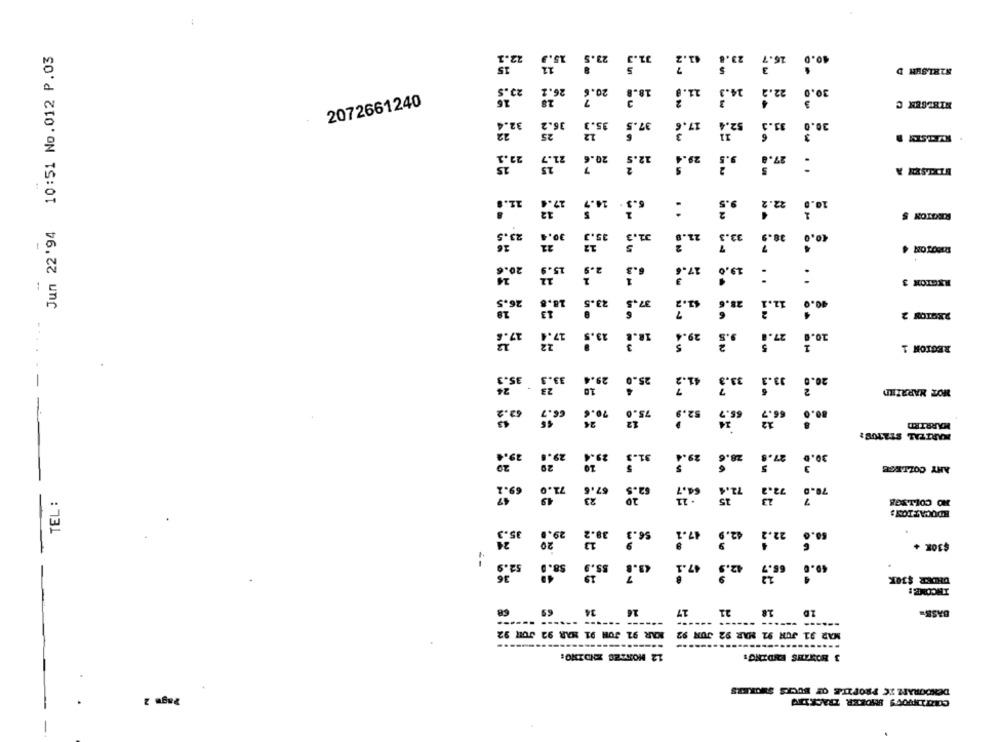
10:51 No.012 P.03
22.3
15.5
23.5
31.3
26.1
15
11
23.5
26.2
20.6
18. ]
22.
30.0
NIELSEN C
2072661240
36.2
35.3
37.5
17.
$2.
30.0
32.4
25
:
22.1
20.6
12.9
29.4
27.
27 .4
14. 9
:
2.
10.]
Jun 22'94
23.5
31.
11.
30,
35.
33.2
38.1
0.6
RXETON 3
26.
23.5
17.
13.
18.
29.
27.
REGION 1
35.
29.
26.
HOT MARRIED
0.2
70.
75.0
$2.9
MARRIED
KARTZAL STATUS2
19.4
29.
23.
31.
29.
30.1
20
20
ANY COLLEGE
70.6
69.1
TEL :
NO COLLEGE
EDUCATION:
35.3
29.0
39.2
Se.1
22.
.24
20
$30K +
52.9
S8.
17.1
12.5
--
36
DHDER $30K
INCOME!
21
···:: ------ -----
KAR 92 JUH 91 MAR 92 JUR 92
MAR 91 JUN 91 MAR 92 JUN 92
-----
12 NORWES ENDINO:
3 HOWTHIS ENDING:
DENOGRAPZ IC PROFILE OF BUCKS SMOKERS
Page 2
CONTINUOVS BUIDEER TRACKING